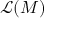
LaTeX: { \mathcal { L } } ( M )